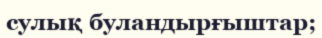
сулық буландырғыштар;